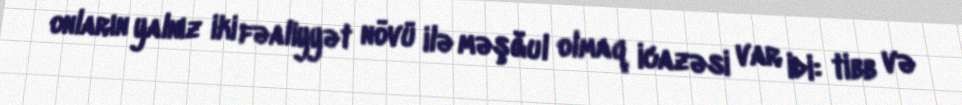
onların yalnız iki fəaliyyət növü ilə məşğul olmaq icazəsi var idi: tibb və